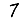
Digit: 7